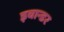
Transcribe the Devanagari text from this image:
इवान्डर